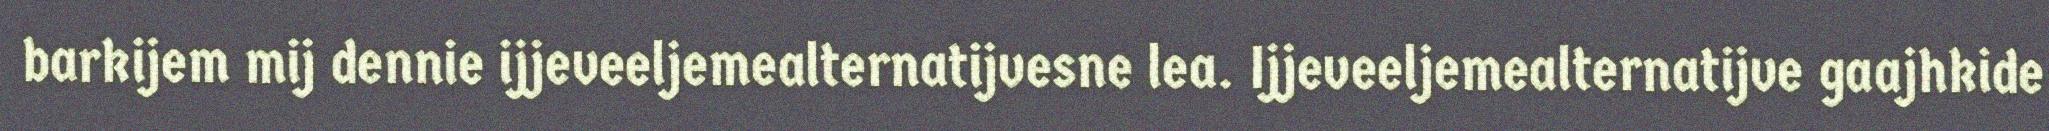
barkijem mij dennie ijjeveeljemealternatijvesne lea. Ijjeveeljemealternatijve gaajhkide